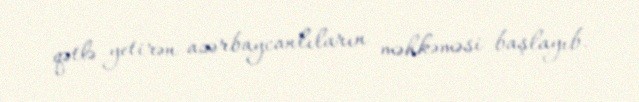
qətlə yetirən azərbaycanlıların məhkəməsi başlayıb.